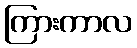
ကြားကာလ